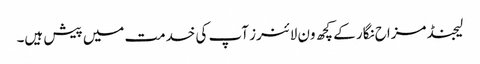
لیجنڈ مزاح نگار کے کچھ ون لائنرز آپ کی خدمت میں پیش ہیں۔